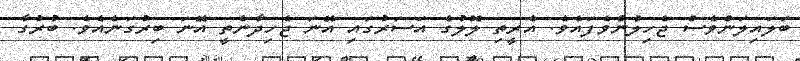
ބަލައިލަންވެސް ޖެހިލުންވެފައެވެ. އެރީތި ލޮލުގެ އަސަރުގައި އޭނަ ޖެހިދާނެތީ އޭނަ ބިރުގަނެއެވެ. ބުރުގާ